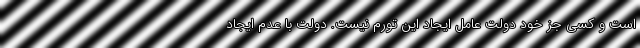
است و کسی جز خود دولت عامل ایجاد این تورم نیست. دولت با عدم ایجاد